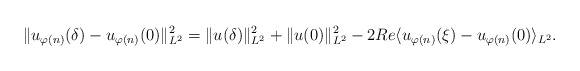
\begin{align*} \|u_{\varphi(n)}(\delta)-u_{\varphi(n)}(0)\|^{2}_{L^{2}}&=\|u(\delta)\|^{2}_{L^{2}}+\|u(0)\|^{2}_{L^{2}}-2Re \langle u_{\varphi(n)}(\xi)-u_{\varphi(n)}(0) \rangle_{L^2}.\end{align*}